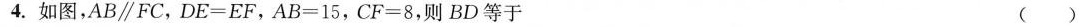
4.图,AB /parallel FC,DE=EF,A B=15,CF=8,则 BD等于 ( )